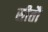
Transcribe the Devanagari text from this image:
सीतौ